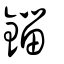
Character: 鍿